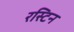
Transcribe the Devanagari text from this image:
रस्टिन